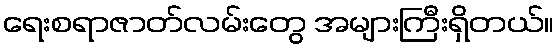
ရေးစရာဇာတ်လမ်းတွေ အများကြီးရှိတယ်။